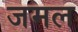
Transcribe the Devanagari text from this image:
जमल